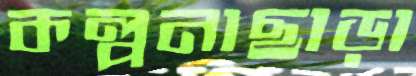
কল্পনাছাড়া